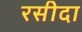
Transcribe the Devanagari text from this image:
रसीदा